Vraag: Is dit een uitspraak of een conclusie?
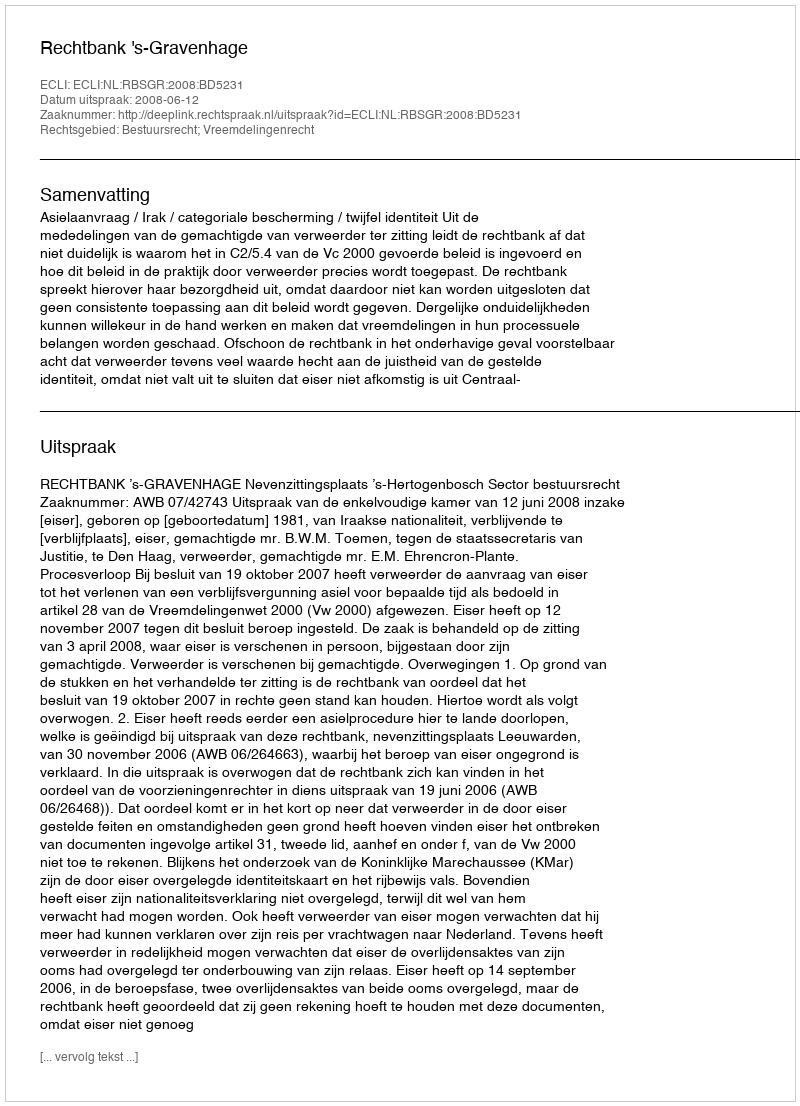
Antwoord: Uitspraak